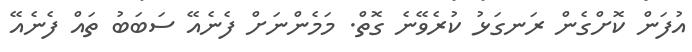
އުފަން ކޮށްގެން ރަނގަޅު ކުރެވޭނެ ގޮތް. މަމެންނަށް ފެނެއޭ ސަބަބު ތައް ފެނެއޭ